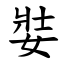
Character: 娤